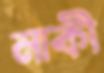
নাকী